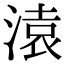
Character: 溒